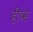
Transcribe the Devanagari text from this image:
हीव्स